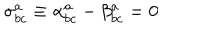
LaTeX: \sigma _ { b c } ^ { a } \equiv \alpha _ { b c } ^ { a } - \beta _ { b c } ^ { a } = 0